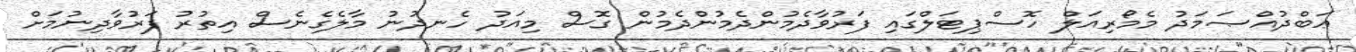
ޢަބްދުއްޞަމަދު މެމޯރިއަލް ހޮސްޕިޓަލްގައި ފަރުވާދެމުންދެމުންދެމުން ގޮސް މިއަދު ހެނދުނު މާލެގެނެސް އިތުރު ފަރުވާދިނުމަށް